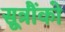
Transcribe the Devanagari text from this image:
सूत्रौंको